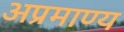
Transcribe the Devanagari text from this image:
अप्रमाण्य